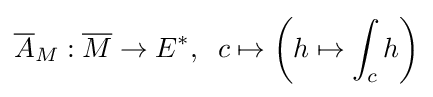
{\overline {A}}_{M}:{\overline {M}}\to E^{*},\;\;c\mapsto \left(h\mapsto \int _{c}h\right)